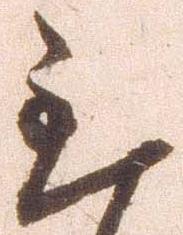
至